Annual statistical returns and brief notes on vaccination in Bengal - 1896-1909
Year: 1896
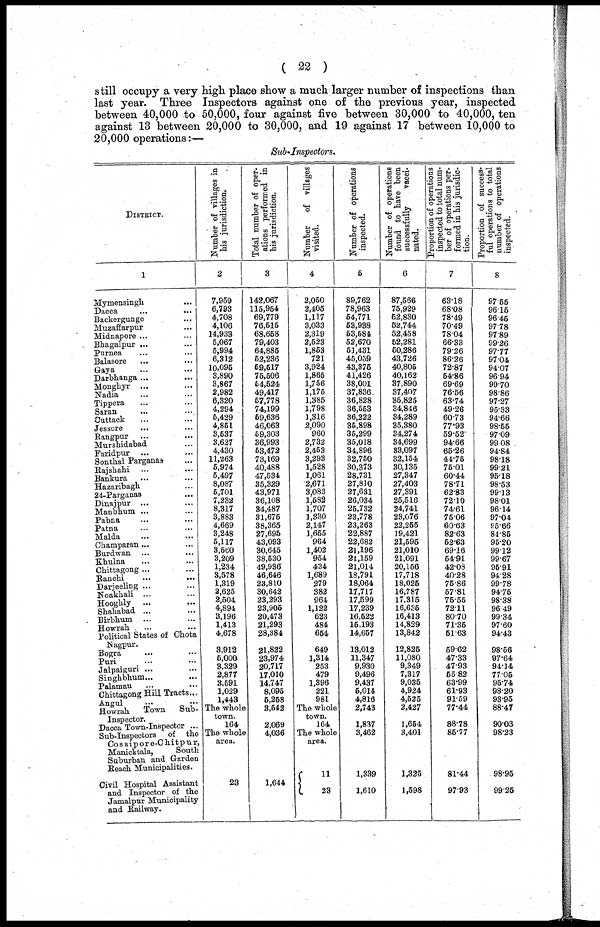
( 22 )
still occupy a very high place show a much larger number of inspections than
last year. Three Inspectors against one of the previous year, inspected
between 40,000 to 50,000, four against five between 30,000 to 40,000, ten
against 13 between 20,000 to 30,000, and 19 against 17 between 10,000 to
20,000 operations:—
Sub-Inspectors.
DISTRICT.
1
Mymensingh...
Dacca ... ...
Backergunge...
Muzaffarpur...
Midnapore ... ...
Bhagalpur ... ...
Purnea... ...
Balasore... ...
Gaya... ...
Darbhanga...
...
Monghyr... ...
Nadia... ...
Tippera... ...
Saran...
...
Cuttack... ...
Jessore... ...
Rangpur ... ...
Murshidabad ...
Faridpur ... ...
Sonthal Parganas ...
Rajshahi...
...
Bankura...
...
Hazaribagh...
24-Parganas...
Dinajpur...
...
Manbhum ... ...
Pabna...
...
Patna...
...
Malda...
...
Champaran ... ...
Burdwan...
...
Khulna... ...
Chittagong ... ...
Ranchi...
...
Darjeeling...
...
Noakhali... ...
Hooghly...
...
Shahabad...
...
Birbhum... ...
Howrah...
Political States of Chota
Nagpur.
Bogra...
...
Puri...
...
Jalpaiguri...
...
Singhbhum...
...
Palamau...
...
Chittagong Hill Tracts...
Angul...
...
Howrah
Town
Sub-
Inspector.
Dacca Town-Inspector ...
Sub-Inspectors of the
Cossipore-Chitpur,
Manicktala,
South
Suburban and Garden
Reach Municipalities.
Civil Hospital Assistant
and Inspector of the
Jamalpur Municipality
and Railway.
Number of villages in
his jurisdiction.
2
7,959
6,793
4,708
4,106
14,933
5,067
5,994
6,312
10,095
3,890
3,867
2,982
6,320
4,294
5,429
4,851
3,537
3,627
4,430
11,263
5,974
5,497
8,087
5,701
7,232
8,317
3,883
4,669
3,248
5,117
3,560
3,209
1,234
3,578
1,319
2,625
2,504
4,894
3,196
1,413
4,678
3,912
5,000
3,329
2,877
3,591
1,029
1,443
The whole
town.
164
The whole
area.
23
Total number of oper-
ations performed in
his jurisdiction.
3
142,067
115,954
69,779
76,515
68,658
79,403
64,885
52,236
59,517
75,506
54,524
49,417
57,778
74,199
59,636
46,063
59,303
36,993
53,472
73,169
40,488
47,534
35,329
43,971
36,108
34,487
31,675
38,365
27,695
43,093
30,645
38,530
49,936
46,646
23,810
30,642
23,293
23,905
20,473
21,293
28,384
21,822
23,974
20,717
17,010
14,747
8,095
5,258
3,542
2,069
4,036
1,644
Number
of villages
visited.
4
2,050
2,405
1,117
3,033
2,319
2,523
1,853
721
3,924
1,865
1,756
1,175
1,385
1,798
1,316
2,090
960
2,732
2,453
3,293
1,528
1,061
2,671
3,083
1,582
1,707
1,330
2,147
1,655
964
1,402
954
434
1,689
279
382
964
1,122
623
484
654
649
1,314
253
479
1,396
221
981
The whole
town.
164
The whole
area.
11
23
Number of operations
inspected.
5
89,762
78,963
54,771
53,938
53,584
52,670
51,431
45,059
43,375
41,426
38,001
37,836
36,828
36,553
36,222
35,898
35,299
35,018
34,896
32,750
30,373
28,731
27,810
27,631
26,034
25,732
23,778
23,263
22,887
22,682
21,196
21,159
21,014
18,791
18,064
17,717
17,599
17,239
16,522
15,193
14,657
13,012
11,347
9,930
9,496
9,437
5,014
4,816
2,743
1,837
3,462
1,339
1,610
Number of operations
found to have been
successfully
vacci-
nated.
6
87,566
75,929
52,830
52,744
52,458
52,281
50,286
43,726
40,805
40,162
37,890
37,407
35,825
34,846
34,289
35,380
34,274
34,699
33,097
32,154
30,135
27,347
27,403
27,391
25,516
24,741
23,076
22,255
19,421
21,595
21,010
21,091
20,156
17,718
18,025
16,787
17,315
16,635
16,413
14,829
13,842
12,825
11,080
9,349
7,317
9,035
4,924
4,525
2,427
1,654
3,401
1,325
1,598
Proportion of operations
inspected to total num-
ber of operations per-
formed in his jurisdic-
tion.
7
63.18
68.08
78.49
70.49
78.04
66.33
79.26
86.26
72.87
54.86
69.69
76.56
63.74
49.26
60.73
77.93
59.52
94.66
65.26
44.75
75.01
60.44
78.71
62.83
72.10
74.61
75.06
60.63
82.63
52.63
69.16
54.91
42.08
40.28
75.86
57.81
75.55
72.11
80.70
71.35
51.63
59.62
47.33
47.93
55.82
63.99
61.93
91.59
77.44
88.78
85.77
81.44
97.93
Proportion of success-
ful operations to total
number of operations
inspected.
8
97.55
96.15
96.45
97.78
97.89
99.26
97.77
97.04
94.07
96.94
99.70
98.86
97.27
95.33
94.66
98.55
97.09
99.08
94.84
98.18
99.21
95.18
98.53
99.13
98.01
96.14
97.04
95.66
84.85
95.20
99.12
99.67
95.91
94.28
99.78
94.75
98.38
96.49
99.34
97.60
94.43
98.56
97.64
94.14
77.05
95.74
98.20
93.95
88.47
90.03
98.23
98.95
99.25